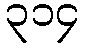
၃၁၄